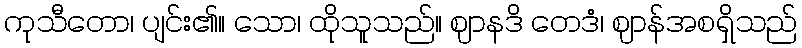
ကုသီတော၊ ပျင်း၏။ သော၊ ထိုသူသည်။ ဈာနဒိ တေဒံ၊ ဈာန်အစရှိသည်